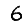
Digit: 6